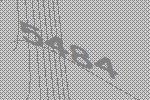
5484